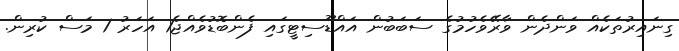
ގިނައިރުތަކެއް ވަންދެން ވާރޭވެހުމުގެ ސަބަބުން އައްޑޫސިޓީގައި ފެންބޮޑުވެއްޖެ1 އަހަރު 1 މަސް ކުރިން.